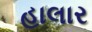
હાલાર